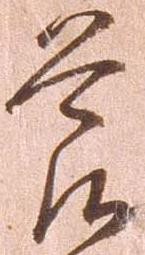
節